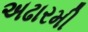
અઢારમી